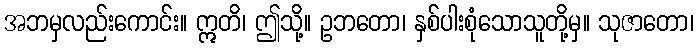
အဘမှလည်းကောင်း။ ဣတိ၊ ဤသို့။ ဥဘတော၊ နှစ်ပါးစုံသောသူတို့မှ။ သုဇာတော၊